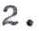
2.